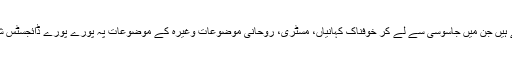
اب تقریباً ہر موضوع پہ ڈائجسٹ شائع ہو رہے ہیں جن میں جاسوسی سے لے کر خوفناک کہانیاں، مسٹری، روحانی موضوعات وغیرہ کے موضوعات پہ پورے پورے ڈائجسٹس شائع ہوتے ہیں اور شوق سے پڑھے جاتے ہیں۔